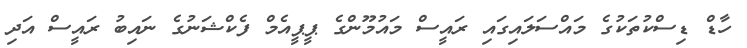
ހާޑް ޑިސްކުތަކުގެ މައްސަލައިގައި ރައީސް މައުމޫންގެ ޕީޕީއެމް ފެކްޝަނުގެ ނައިބު ރައީސް އަދި